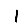
Digit: 1